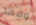
وفقد